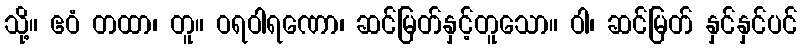
သို့။ ဧဝံ တထာ၊ တူ။ ဝရဝါရဏော၊ ဆင်မြတ်နှင့်တူသော။ ဝါ၊ ဆင်မြတ် နှင်နှင်ပင်